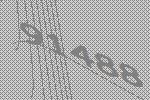
91488